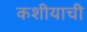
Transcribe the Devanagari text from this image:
कशीयाची